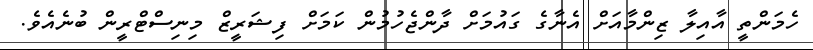
ހެމަންތީ އާއިލާ ޒިންމާއަށް އެނާގެ ގައުމަށް ދާންޖެހުމުން ކަމަށް ފިޝަރީޒް މިނިސްޓްރީން ބުނެއެވެ.